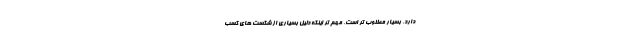
دارد، بسیار مطلوب تر است. مهم تر اینکه دلیل بسیاری از شکست های کسب